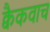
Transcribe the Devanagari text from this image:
क्वैकवाच